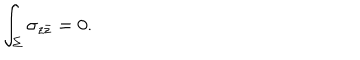
LaTeX: \int _ { \Sigma } \sigma _ { z \bar { z } } = 0 .